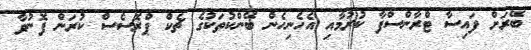
ބޭރަށް ފައިސާ ޓްރާންސްފާ ކުރުމާއި އެހެނިހެން ބޭންކުތަކުގެ ޗެކް ޕްރޮސެސް ކުރަން ފޮނުވާ